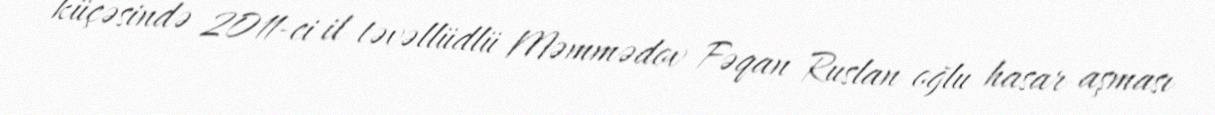
küçəsində 2011-ci il təvəllüdlü Məmmədov Fəqan Ruslan oğlu hasar aşması